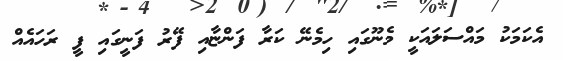
އެކަމަކު މައްސަލައަކީ މެނޫގައި ހިމެނޭ ކަރާ ފަންޏާއި ފޭރު ފަނީގައި ފީ ރަހައެއް